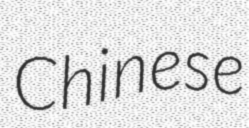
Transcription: Chinese